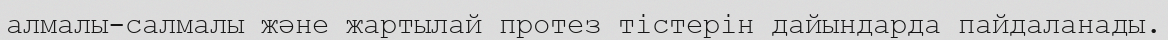
алмалы-салмалы және жартылай протез тістерін дайындарда пайдаланады.